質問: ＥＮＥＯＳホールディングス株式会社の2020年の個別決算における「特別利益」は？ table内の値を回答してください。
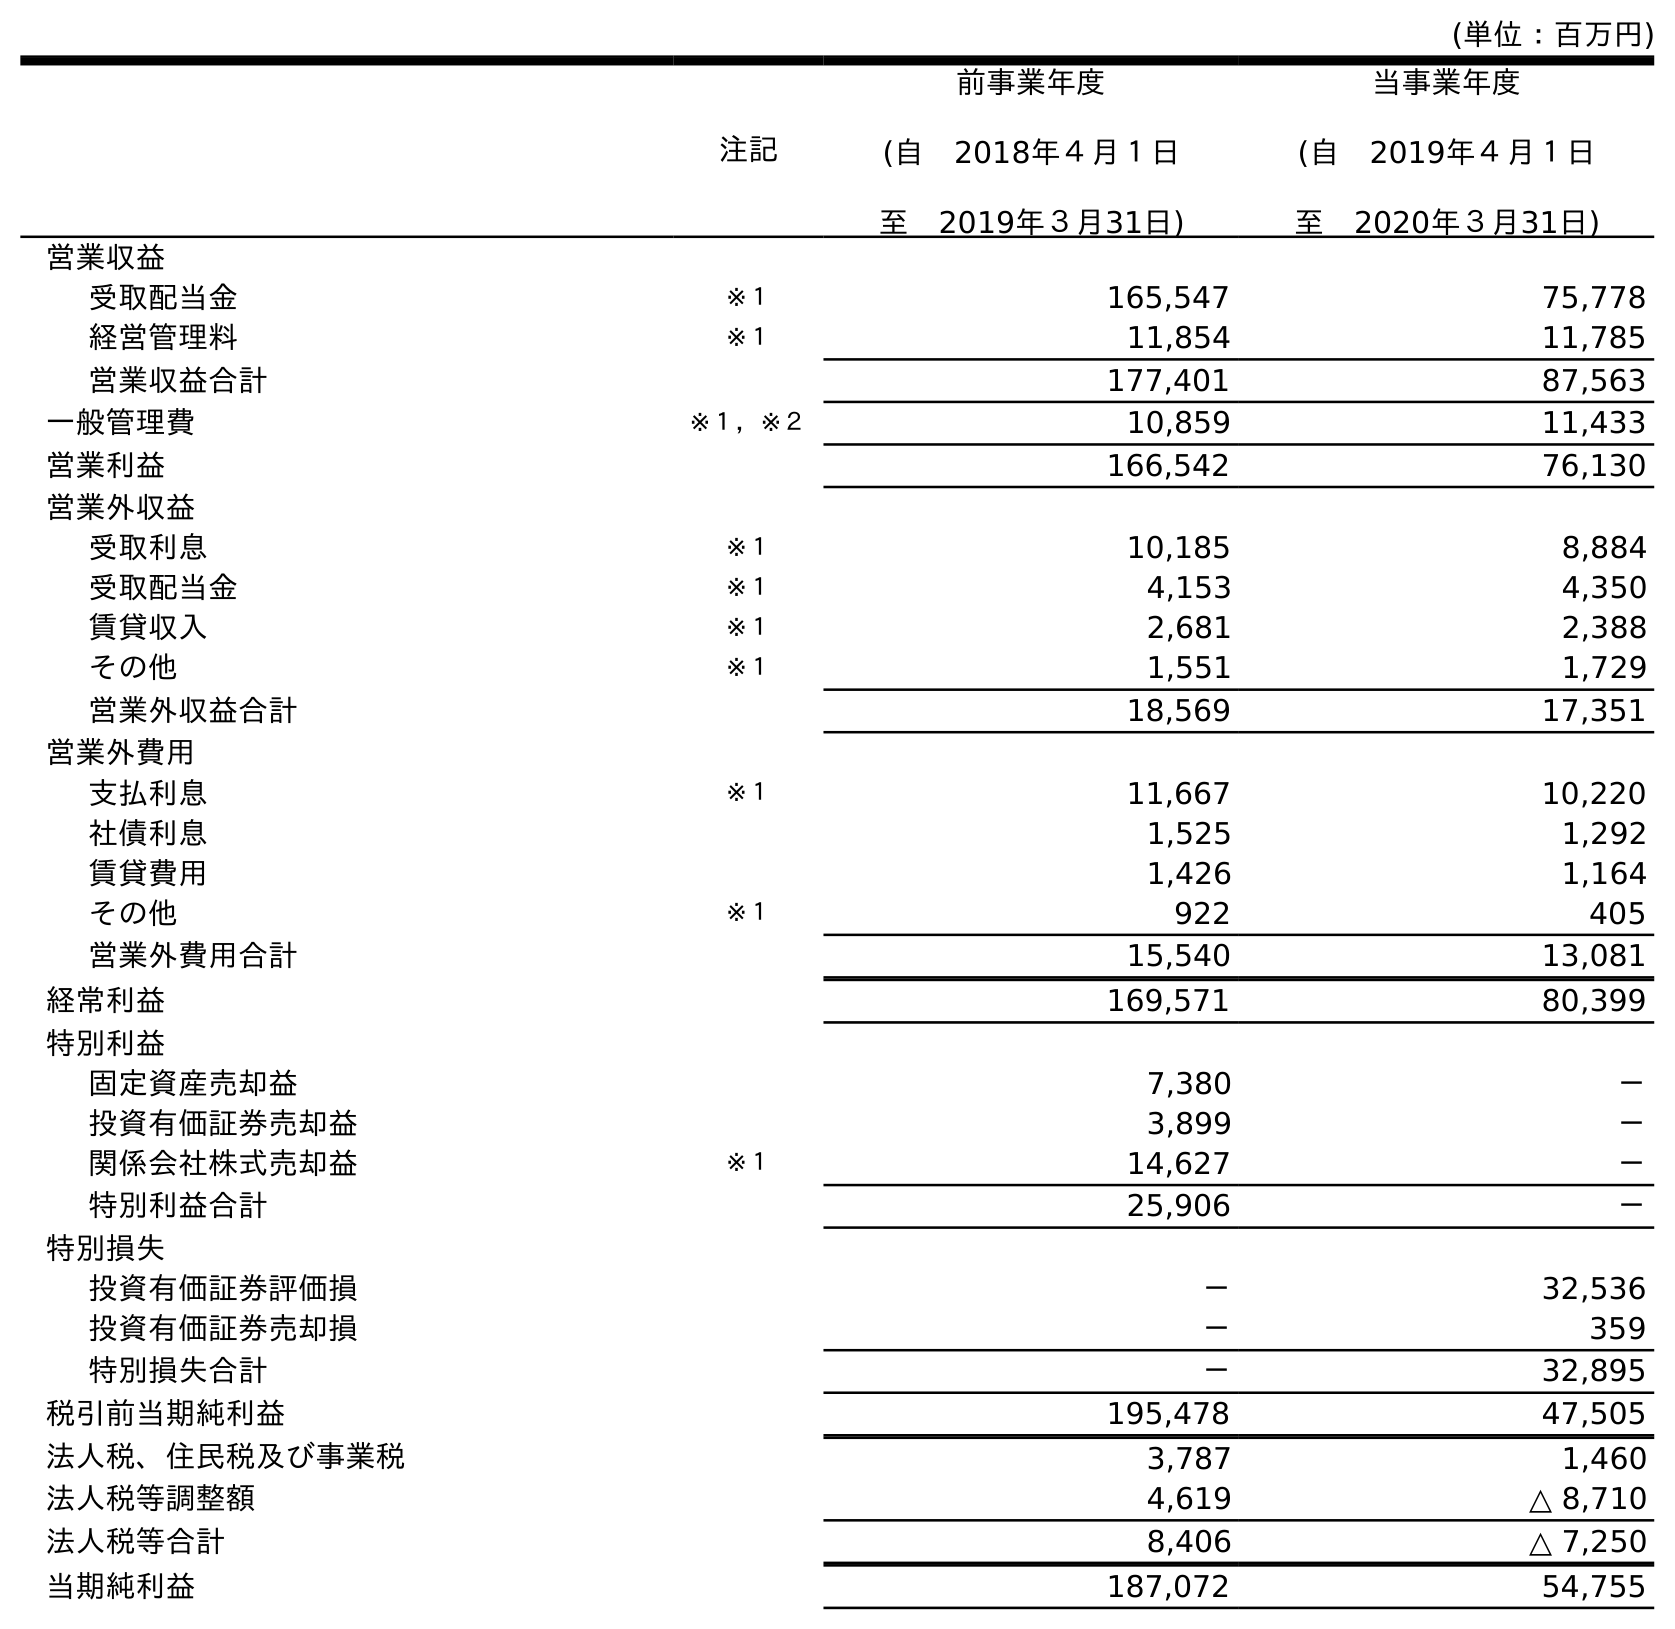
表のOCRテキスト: (単位：百万円) 注記 前事業年度 (自 2018年４月１日 至 2019年３月31日) 当事業年度 (自 2019年４月１日 至 2020年３月31日) 営業収益 受取配当金 ※１ 165,547 75,778 経営管理料 ※１ 11,854 11,785 営業収益合計 177,401 87,563 一般管理費 ※１，※２ 10,859 11,433 営業利益 166,542 76,130 営業外収益 受取利息 ※１ 10,185 8,884 受取配当金 ※１ 4,153 4,350 賃貸収入 ※１ 2,681 2,388 その他 ※１ 1,551 1,729 営業外収益合計 18,569 17,351 営業外費用 支払利息 ※１ 11,667 10,220 社債利息 1,525 1,292 賃貸費用 1,426 1,164 その他 ※１ 922 405 営業外費用合計 15,540 13,081 経常利益 169,571 80,399 特別利益 固定資産売却益 7,380 － 投資有価証券売却益 3,899 － 関係会社株式売却益 ※１ 14,627 － 特別利益合計 25,906 － 特別損失 投資有価証券評価損 － 32,536 投資有価証券売却損 － 359 特別損失合計 － 32,895 税引前当期純利益 195,478 47,505 法人税、住民税及び事業税 3,787 1,460 法人税等調整額 4,619 △ 8,710 法人税等合計 8,406 △ 7,250 当期純利益 187,072 54,755
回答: －